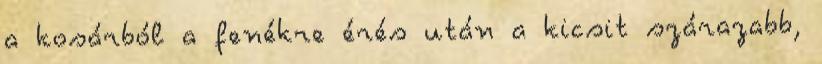
a kosárból a fenékre érés után a kicsit szárazabb,